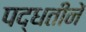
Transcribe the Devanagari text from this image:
पद्धतीनें